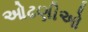
ઓઢણીઓ